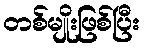
တစ်မျိုးဖြစ်ပြီး